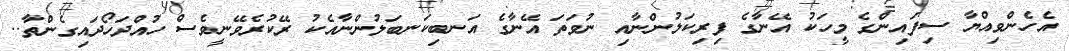
އެހެންވިއްޔާ ސިފައިންގެ މީހަކު އޭނާގެ ފިރިކަލުންނާއި ނުވަތަ އޭނާގެ އަނބިކަނބަލުންނާއެކު ރޭކުރެވޭނީވެސް ހުއްދަހޯދައިގެންތާ..